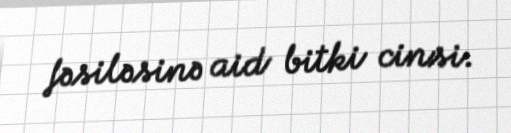
fəsiləsinə aid bitki cinsi.